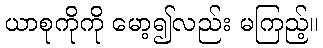
ယာစုကိုကို မော့၍လည်း မကြည့်။